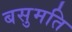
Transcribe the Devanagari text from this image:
बसुमति